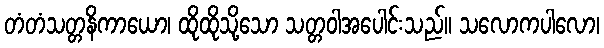
တံတံသတ္တနိကာယော၊ ထိုထိုသို့သော သတ္တဝါအပေါင်းသည်။ သလောကပါလော၊